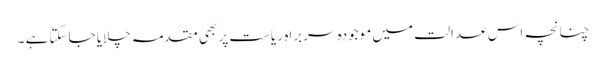
چنانچہ اس عدالت میں موجودہ سربراہ ِ ریاست پر بھی مقدمہ چلایا جاسکتا ہے ۔